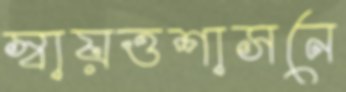
স্বায়ত্তশাসনে